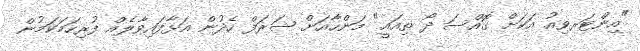
"އިންޓަރވިއު އަކަށް ގޮއްސަ ދޯ ތިއައީ" މަންހާއަށް ޝަރަފް ހެދުން އަޅާފައިވާލެއް ފުރިހަމަކަމުން